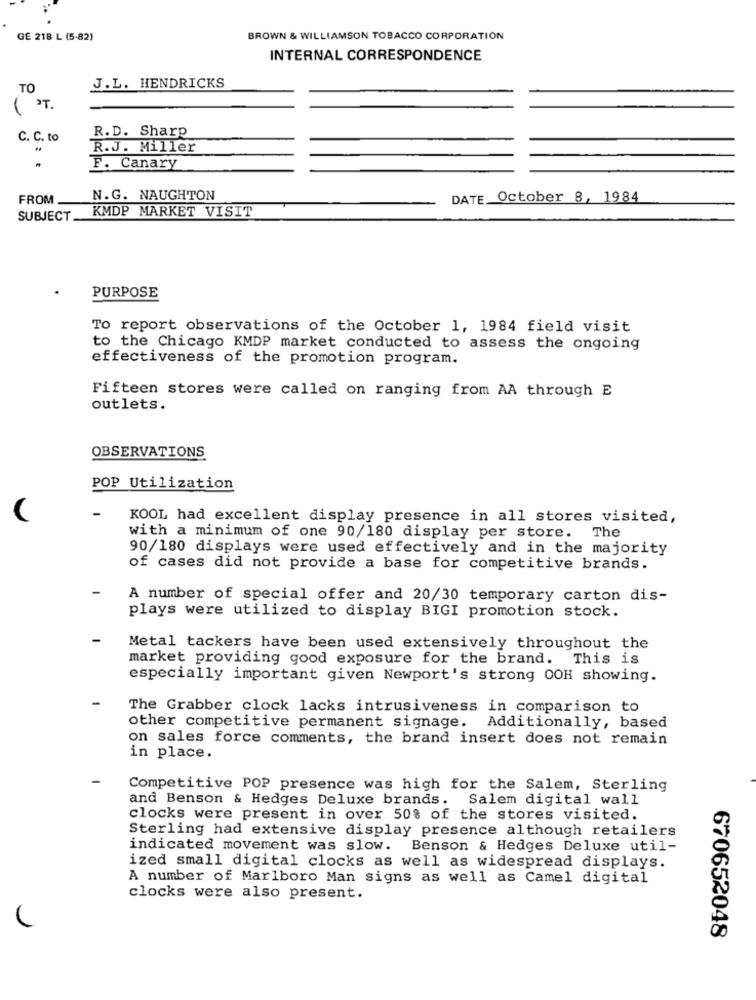
GE 218 L (5-82)
BROWN & WILLIAMSON TOBACCO CORPORATION
INTERNAL CORRESPONDENCE
TO
J.L. HENDRICKS
( ).
R.D. Sharp
C. C. to
R.J. Miller
F. Canary
FROM
N.G. NAUGHTON
DATE October 8, 1984
KMDP MARKET VISIT
SUBJECT.
PURPOSE
To report observations of the October 1, 1984 field visit
to the Chicago KMDP market conducted to assess the ongoing
effectiveness of the promotion program.
Fifteen stores were called on ranging from AA through E
outlets.
OBSERVATIONS
POP Utilization
KOOL had excellent display presence in all stores visited,
with a minimum of one 90/180 display per store. The
90/180 displays were used effectively and in the majority
of cases did not provide a base for competitive brands.
A number of special offer and 20/30 temporary carton dis-
plays were utilized to display BIGI promotion stock.
Metal tackers have been used extensively throughout the
market providing good exposure for the brand. This is
especially important given Newport's strong OOH showing.
The Grabber clock lacks intrusiveness in comparison to
other competitive permanent signage.
Additionally, based
on sales force comments, the brand insert does not remain
in place.
Competitive POP presence was high for the Salem, Sterling
and Benson & Hedges Deluxe brands.
Salem digital wall
clocks were present in over 50% of the stores visited.
Sterling had extensive display presence although retailers
indicated movement was slow. Benson & Hedges Deluxe util-
ized small digital clocks as well as widespread displays.
A number of Marlboro Man signs as well as Camel digital
clocks were also present.
670652048